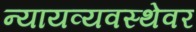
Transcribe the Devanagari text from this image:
न्यायव्यवस्थेवर